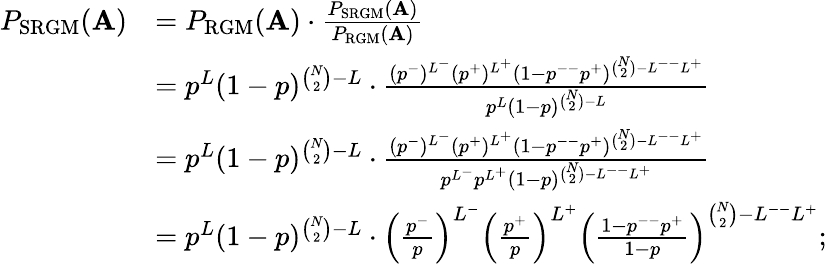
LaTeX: \begin{array}{rl}{P_{\mathrm{SRGM}}(\mathbf{A})}&{=P_{\mathrm{RGM}}(\mathbf{A})\cdot\frac{P_{\mathrm{SRGM}}(\mathbf{A})}{P_{\mathrm{RGM}}(\mathbf{A})}}\\ &{=p^{L}(1-p)^{\binom{N}{2}-L}\cdot\frac{(p^{-})^{L^{-}}(p^{+})^{L^{+}}(1-p^{--}p^{+})^{\binom{N}{2}-L^{--}L^{+}}}{p^{L}(1-p)^{\binom{N}{2}-L}}}\\ &{=p^{L}(1-p)^{\binom{N}{2}-L}\cdot\frac{(p^{-})^{L^{-}}(p^{+})^{L^{+}}(1-p^{--}p^{+})^{\binom{N}{2}-L^{--}L^{+}}}{p^{L^{-}}p^{L^{+}}(1-p)^{\binom{N}{2}-L^{--}L^{+}}}}\\ &{=p^{L}(1-p)^{\binom{N}{2}-L}\cdot\left(\frac{p^{-}}{p}\right)^{L^{-}}\left(\frac{p^{+}}{p}\right)^{L^{+}}\left(\frac{1-p^{--}p^{+}}{1-p}\right)^{\binom{N}{2}-L^{--}L^{+}};}\end{array}